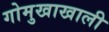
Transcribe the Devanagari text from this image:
गोमुखाखाली